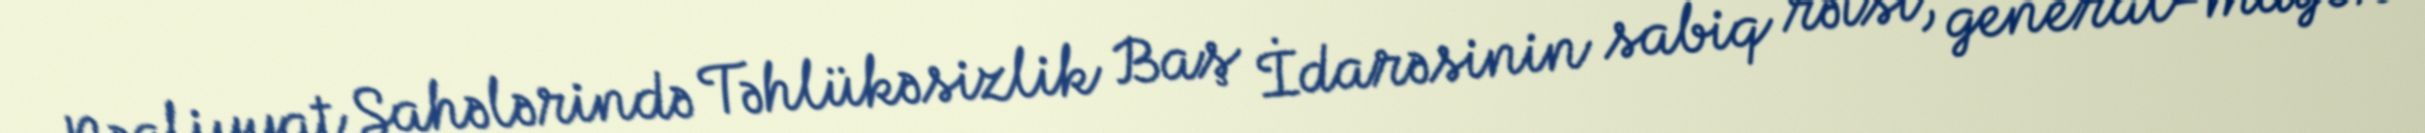
Nəqliyyat Sahələrində Təhlükəsizlik Baş İdarəsinin sabiq rəisi, general-mayor